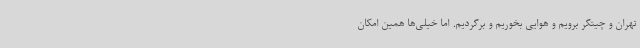
تهران و چیتگر برویم و هوایی بخوریم و برگردیم. اما خیلی‌ها همین امکان